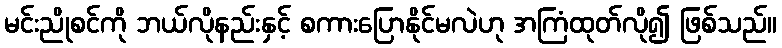
မင်းညိုစင်ကို ဘယ်လိုနည်းနှင့် စကားပြောနိုင်မလဲဟု အကြံထုတ်လို၍ ဖြစ်သည်။